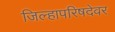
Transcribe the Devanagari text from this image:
जिल्हापरिषदेवर